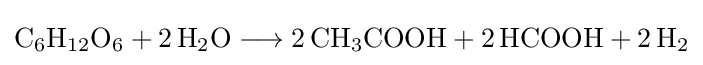
{\mathrm {C} {\vphantom {A}}_{\smash[{t}]{6}}\mathrm {H} {\vphantom {A}}_{\smash[{t}]{12}}\mathrm {O} {\vphantom {A}}_{\smash[{t}]{6}}{}+{}2\,\mathrm {H} {\vphantom {A}}_{\smash[{t}]{2}}\mathrm {O} {}\mathrel {\longrightarrow } {}2\,\mathrm {CH} {\vphantom {A}}_{\smash[{t}]{3}}\mathrm {COOH} {}+{}2\,\mathrm {HCOOH} {}+{}2\,\mathrm {H} {\vphantom {A}}_{\smash[{t}]{2}}}